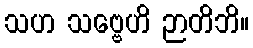
သဟ သဗ္ဗေဟိ ဉာတိဘိ။